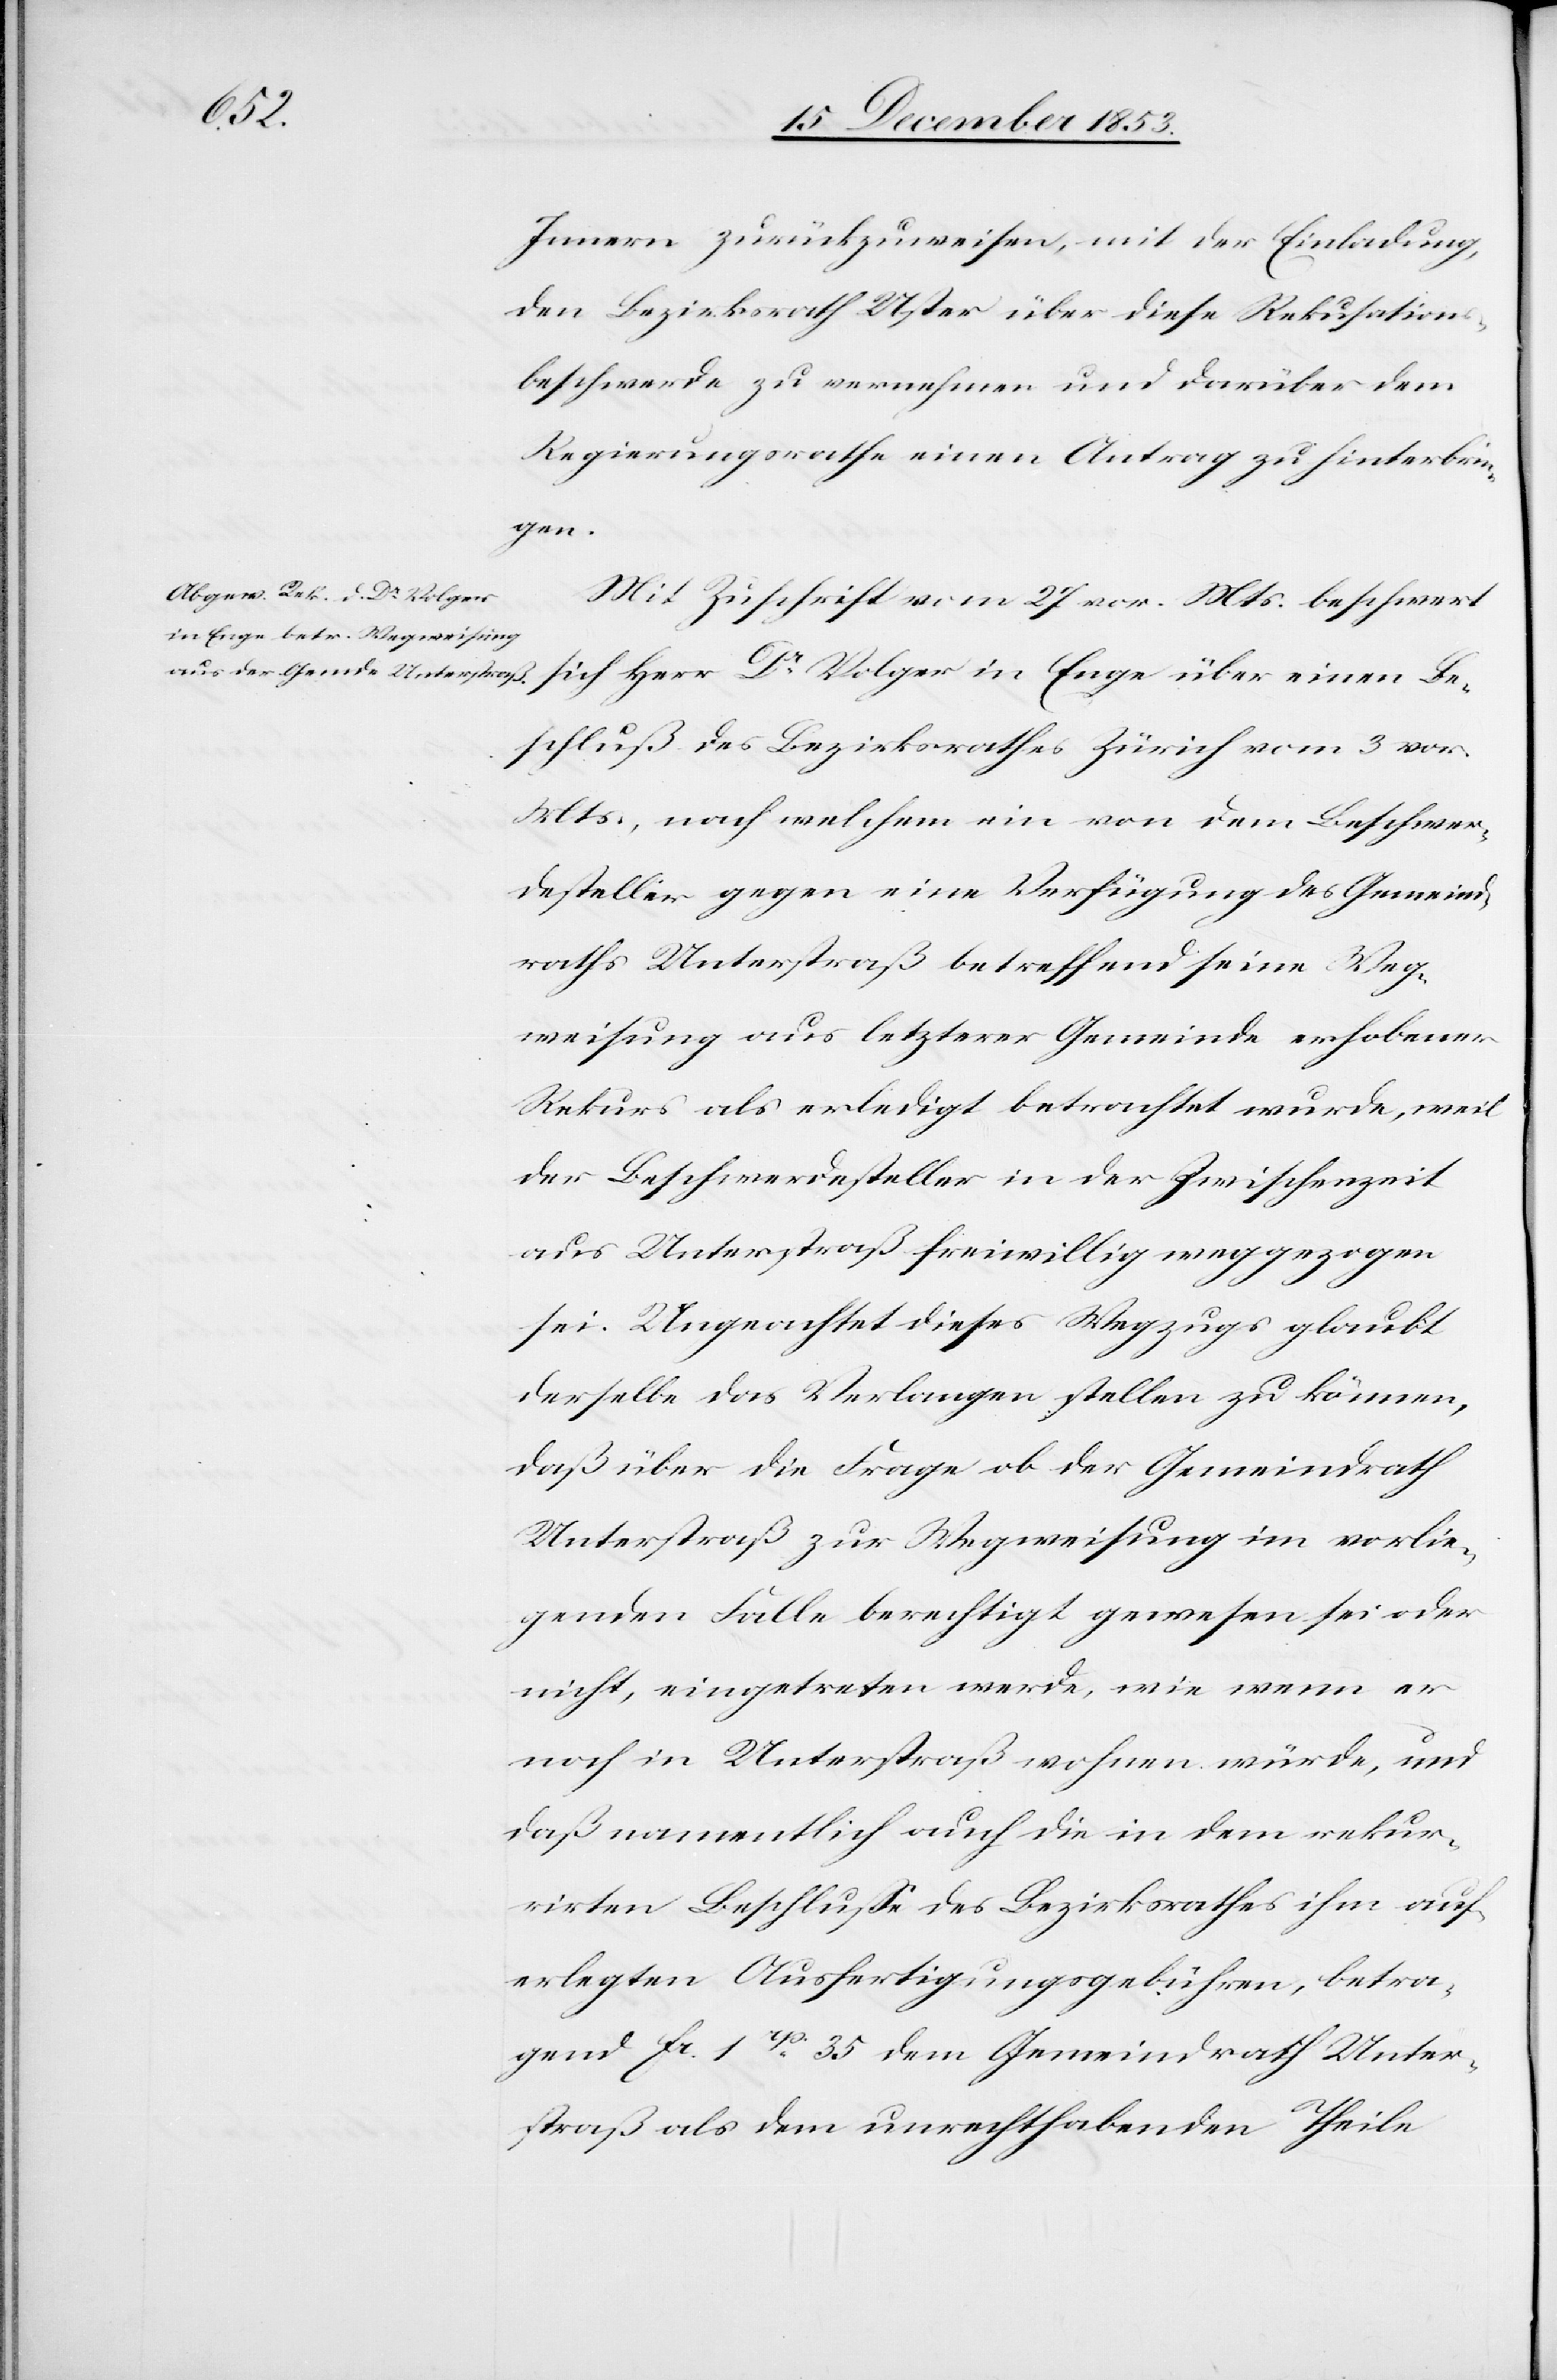
Be¬
Innern zurückzuweisen, mit der Einladung,
den Bezirksrath Uster über diese Rekusations¬
beschwerde zu vernehmen und darüber dem
Regierungsrathe einen Antrag zu hinterbrin¬
gen.
Mit Zuschrift vom 27 vor. Mts. beschwert
schluß des Bezirksrathes Zürich vom 3 vor.
Mts., nach welchem ein von dem Beschwer¬
desteller gegen eine Verfügung des Gemeind¬
raths Unterstraß betreffend seine Weg¬
weisung aus letzterer Gemeinde erhobenen
Rekurs als erledigt betrachtet wurde, weil
der Beschwerdesteller in der Zwischenzeit
aus Unterstraß freiwillig weggezogen
sei. Ungeachtet dieses Wegzugs glaubt
derselbe das Verlangen stellen zu können,
daß über die Frage ob der Gemeindrath
Unterstraß zur Wegweisung im vorlie¬
genden Falle berechtigt gewesen sei oder
nicht, eingetreten werde, wie wenn er
noch in Unterstraß wohnen würde, und
daß namentlich auch die in dem rekur¬
rirten Beschluße des Bezirksrathes ihm auf¬
erlegten Ausfertigungsgebühren, betra¬
gend fc 1 rp. 35 dem Gemeindrath Unter¬
straß als dem unrechthabenden Theile